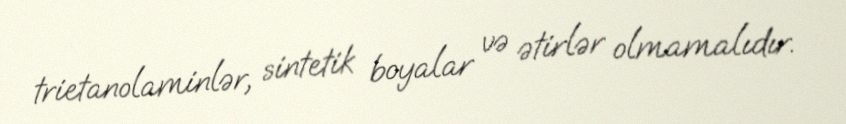
trietanolaminlər, sintetik boyalar və ətirlər olmamalıdır.